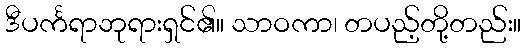
ဒီပင်္ကရာဘုရားရှင်၏။ သာဝကာ၊ တပည့်တို့တည်း။